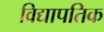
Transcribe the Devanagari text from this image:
विद्यापतिक